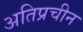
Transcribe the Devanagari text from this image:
अतिप्रचीन